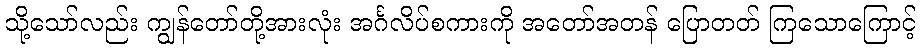
သို့သော်လည်း ကျွန်တော်တို့အားလုံး အင်္ဂလိပ်စကားကို အတော်အတန် ပြောတတ် ကြသောကြောင့်